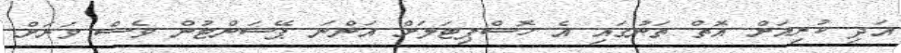
އަދި ކުރިއަށް އޮތް ތަނުގައި އެ ހޮސްޕިޓަލަށް އަންނަ ޕޭޝަންޓުން ވެސް ވަރަށް